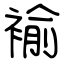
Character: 褕